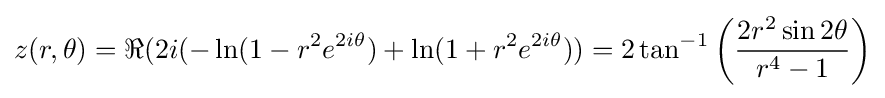
z(r,\theta )=\Re (2i(-\ln(1-r^{2}e^{2i\theta })+\ln(1+r^{2}e^{2i\theta }))=2\tan ^{-1}\left({\frac {2r^{2}\sin 2\theta }{r^{4}-1}}\right)